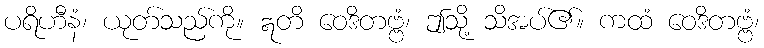
ပရိဟီနံ၊ ယုတ်သည်ကို။ ဣတိ ဝေဒိတဗ္ဗံ၊ ဤသို့ သိအပ်၏။ ကထံ ဝေဒိတဗ္ဗံ၊